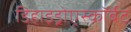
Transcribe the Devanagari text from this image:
डिहाइड्रोएस्कॉर्बेट